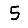
Digit: 5